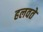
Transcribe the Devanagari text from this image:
हलवते